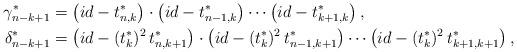
LaTeX: \begin{align*}{\gamma^*_{n-k+1}}&=\left( id-t_{n,k}^*\right)\cdot \left( id-t_{n-1,k}^*\right)\cdots\left( id-t_{k+1,k}^*\right),\\{\delta^*_{n-k+1}}&=\left( id-(t_{k}^*)^{2} \, t_{n,k+1}^*\right)\cdot \left( id-(t_{k}^*)^{2} \, t_{n-1,k+1}^*\right)\cdots\left( id-(t_{k}^*)^{2} \, t_{k+1,k+1}^*\right),\end{align*}